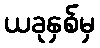
ယခုနှစ်မှ